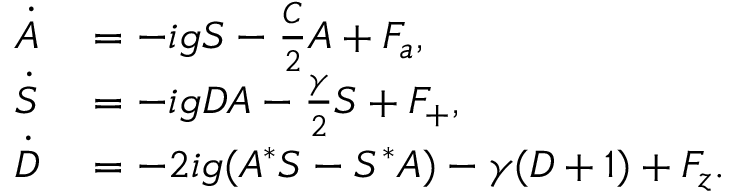
\begin{array} { r l } { \dot { A } } & { { } = - i g S - \frac { C } { 2 } A + F _ { a } , } \\ { \dot { S } } & { { } = - i g D A - \frac { \gamma } { 2 } S + F _ { + } , } \\ { \dot { D } } & { { } = - 2 i g ( A ^ { * } S - S ^ { * } A ) - \gamma ( D + 1 ) + F _ { z } . } \end{array}